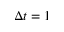
\Delta t = 1